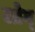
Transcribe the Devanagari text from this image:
लोग्